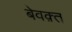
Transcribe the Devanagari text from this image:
बेवक़्त